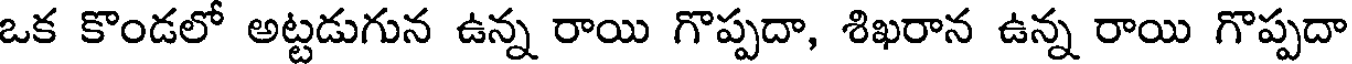
ఒక కొండలో అట్టడుగున ఉన్న రాయి గొప్పదా, శిఖరాన ఉన్న రాయి గొప్పదా